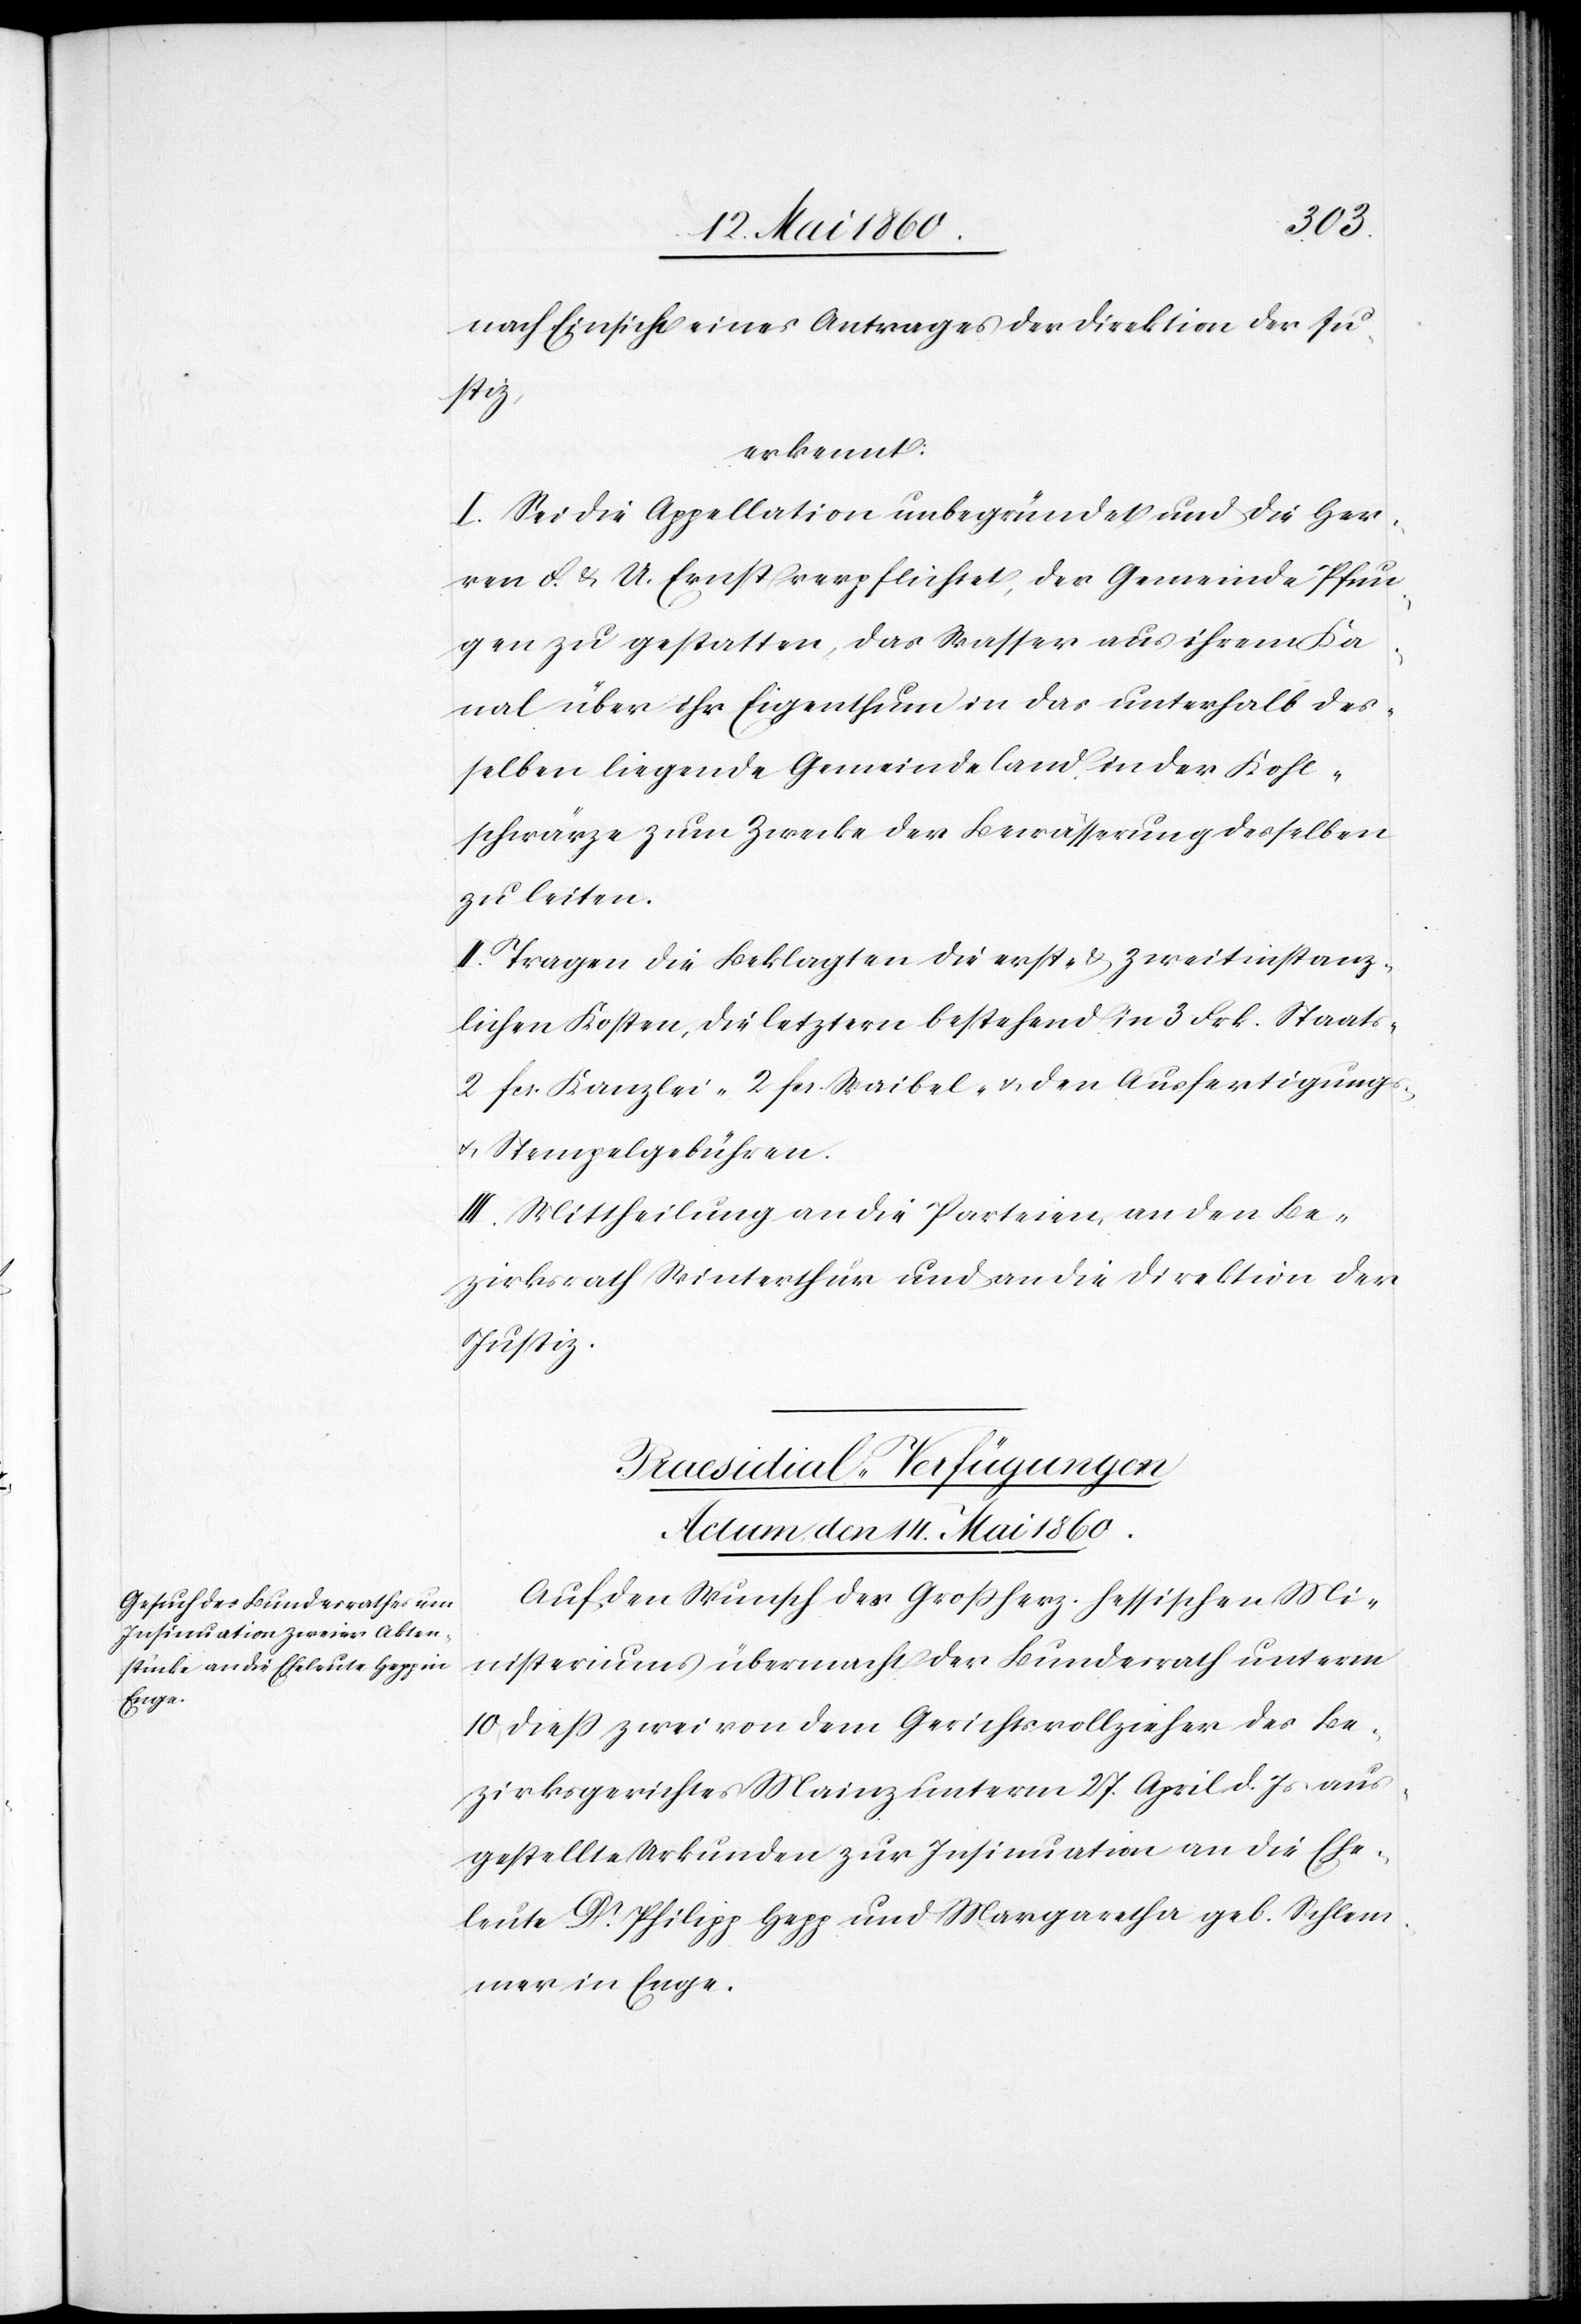
nach Einsicht eines Antrages der Direktion der Ju¬
stiz,
erkennt:
I. Sei die Appellation unbegründet und die Her¬
ren F. & U. Ernst verpflichtet, der Gemeinde Pfun¬
gen zu gestatten, das Wasser aus ihrem Ka¬
nal über ihr Eigenthum in das unterhalb des¬
selben liegende Gemeindeland in der Kohl¬
schwärze zum Zwecke der Bewässerung desselben
zu leiten.
II. Tragen die Beklagten die erst- u. zweitinstanz¬
lichen Kosten, die letztern bestehend in 3. Frk. Staats-
2. fcs. Kanzlei- 2. fcs. Waibel- u. den Ausfertigungs-
u. Stempelgebühren.
III. Mittheilung an die Parteien, an den Be¬
zirksrath Winterthur und an die Direktion der
Justiz.
Praesidial-Verfügungen
Actum den 14. Mai 1860.
Auf den Wunsch des Grossherz. hessischen Mi¬
nisteriums übermacht der Bundesrath unterm
10. diess zwei von dem Gerichtsvollzieher des Be¬
zirksgerichtes Mainz unterm 27. April d. Js. aus¬
gestellte Urkunden zur Insinuation an die Ehe¬
leute Dr Philipp Hepp und Margaretha geb. Schlem¬
mer in Enge.